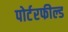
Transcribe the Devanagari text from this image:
पोर्टरफील्ड